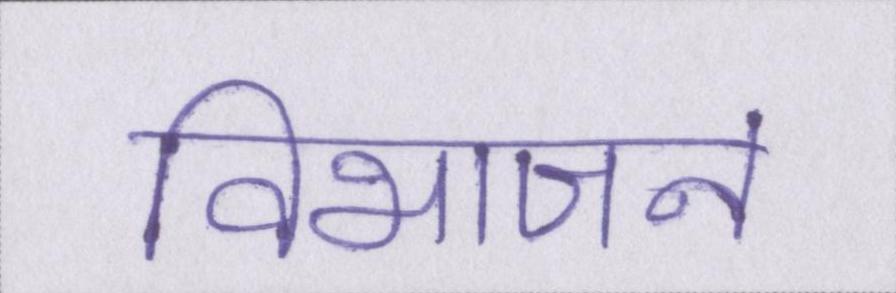
विभाजन